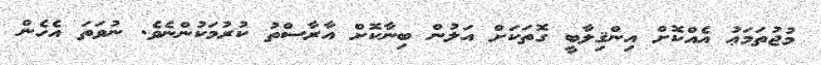
މުޖުތަމަޢު އެއްކޮށް އިންޤިލާބީ ގޮތަކަށް އަލުން ބިނާކޮށް އާރާސްތު ކުރުމަކުންނެވެ. ނުވަތަ އެހެން